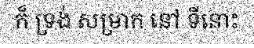
ក៏ ទ្រង់ សម្រាក នៅ ទីនោះ